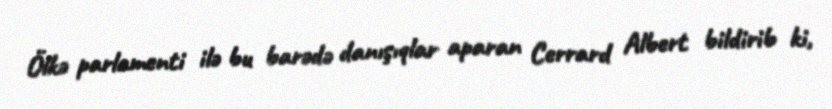
Ölkə parlamenti ilə bu barədə danışıqlar aparan Cerrard Albert bildirib ki,